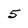
Character: 5